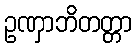
ဥဏှာဘိတတ္တာ